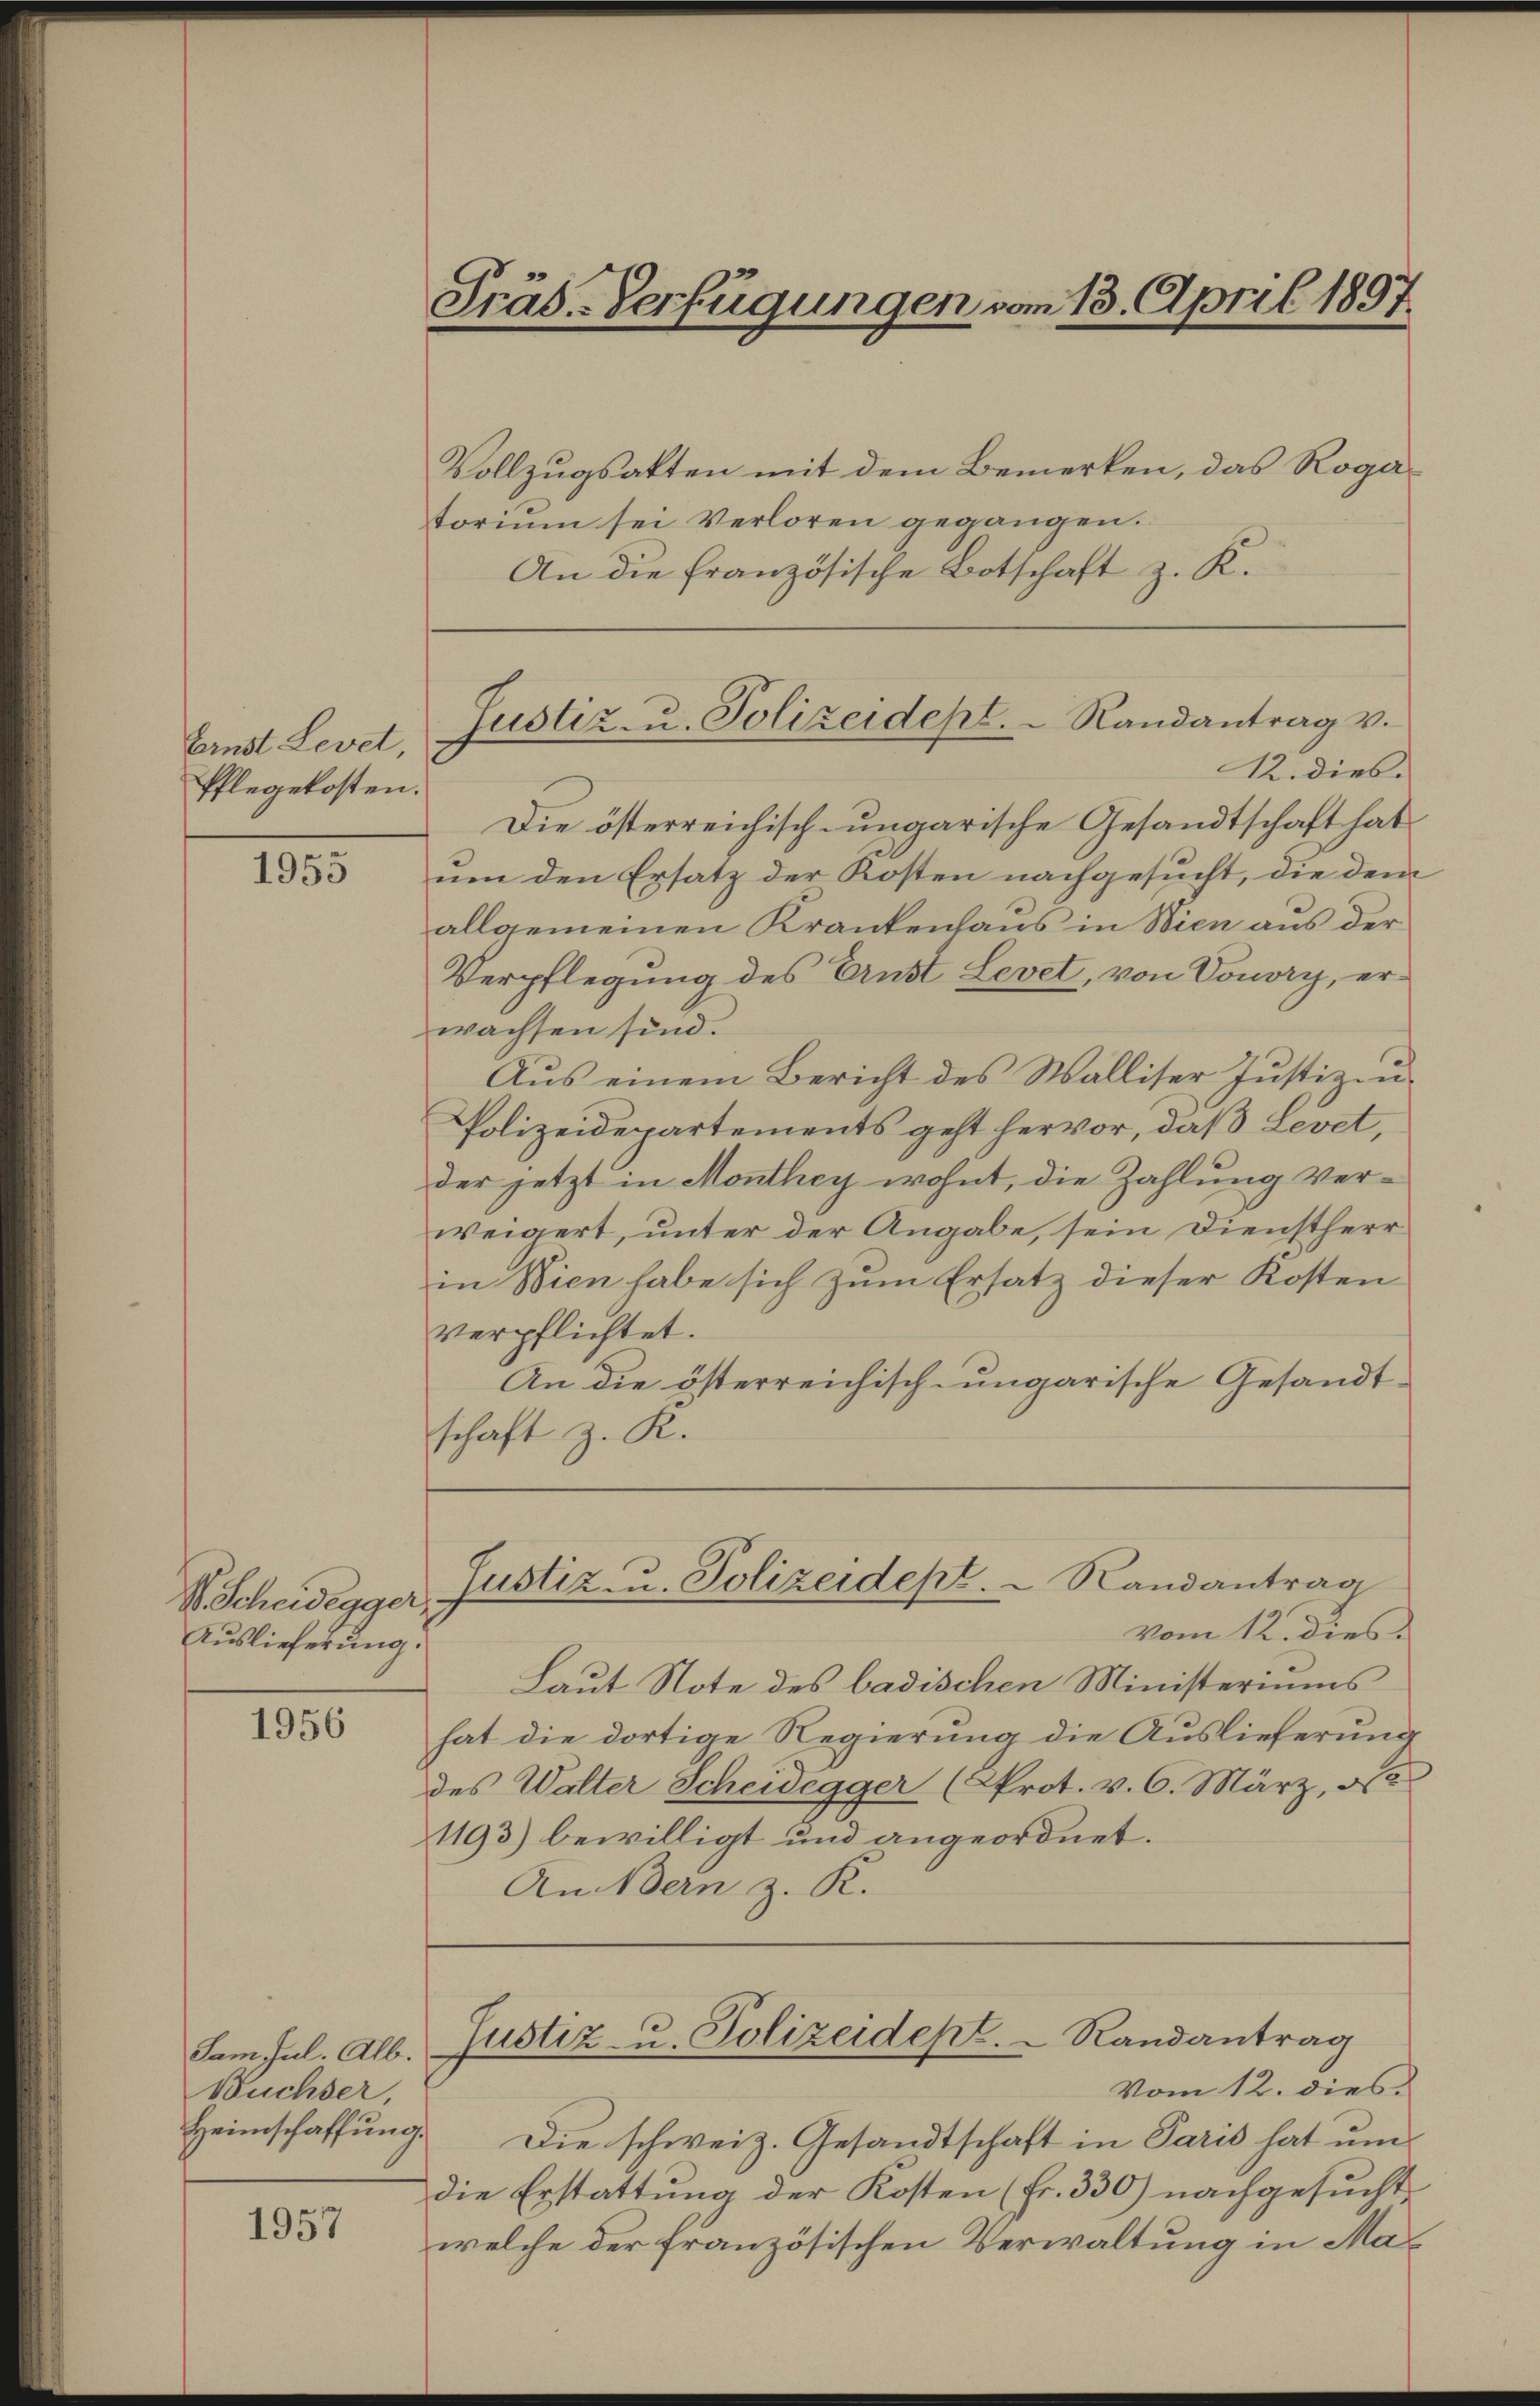
1955

1956

1957

Ernst Levet,
Pflegekosten.

V. Scheidegger
Auslieferung.

Präs.-Verfügungen vom 13. April 1897

Vollzugsakten mit dem Bemerken, das Rogatorium sei Verloren gegangen.
An die französische Botschaft z. K.

Die österreichisch-ungarische Gesandtschaft hat
um den Ersatz der Kosten nachgesucht, die dem
allgemeinen Krankenhaus in Wien aus der
Verpflegung des Ernst Levet, von Vouvry, erwachsen sind.
Aus einem Bericht des Walliser Justiz zu
Polizeidepartements geht hervor, daß Levet,
der jetzt in Monthey wohnt, die Zahlung verweigert, unter der Angabe, sein Dienstherr
in Wien habe sich zum Ersatz dieser Kosten
verpflichtet.
An die österreichisch-ungarische Gesandtschaft z. K.

Sam. Jul. Alb.
Buchser,

Laut Note des badischen Ministeriums
hat die dortige Regierung die Auslieferung
des Walter Scheidegger (Prot. v. 6. März, de
1193) bewilligt und angeordnet.
An Bern z. R.

Justiz- u. Polizeidept.   Randantrag v.
12. dies

Justiz- u. Polizeidept.  Randantrag
vom 12. dies

Justiz- u. Polizeidept.  Randantrag
Vom 12. dies

Heimschaffung. Die schweiz. Gesandtschaft in Paris hat um
die Erstattung der Kosten (Fr. 330) nachgesucht
welche der französischen Verwaltung in Ma¬